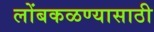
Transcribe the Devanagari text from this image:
लोंबकळण्यासाठी